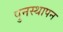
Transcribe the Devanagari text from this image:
पुनस्थापन